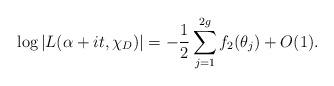
LaTeX: \begin{align*} \log |L(\alpha+it,\chi_D)| = - \frac{1}{2} \sum_{j=1}^{2g} f_2( \theta_j) + O(1). \end{align*}